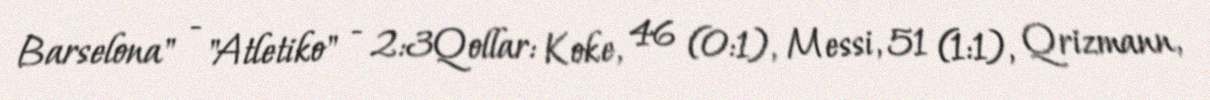
Barselona" - "Atletiko" - 2:3Qollar: Koke, 46 (0:1), Messi, 51 (1:1), Qrizmann,